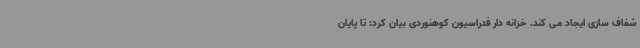
شفاف سازی ایجاد می کند. خزانه دار فدراسیون کوهنوردی بیان کرد: تا پایان